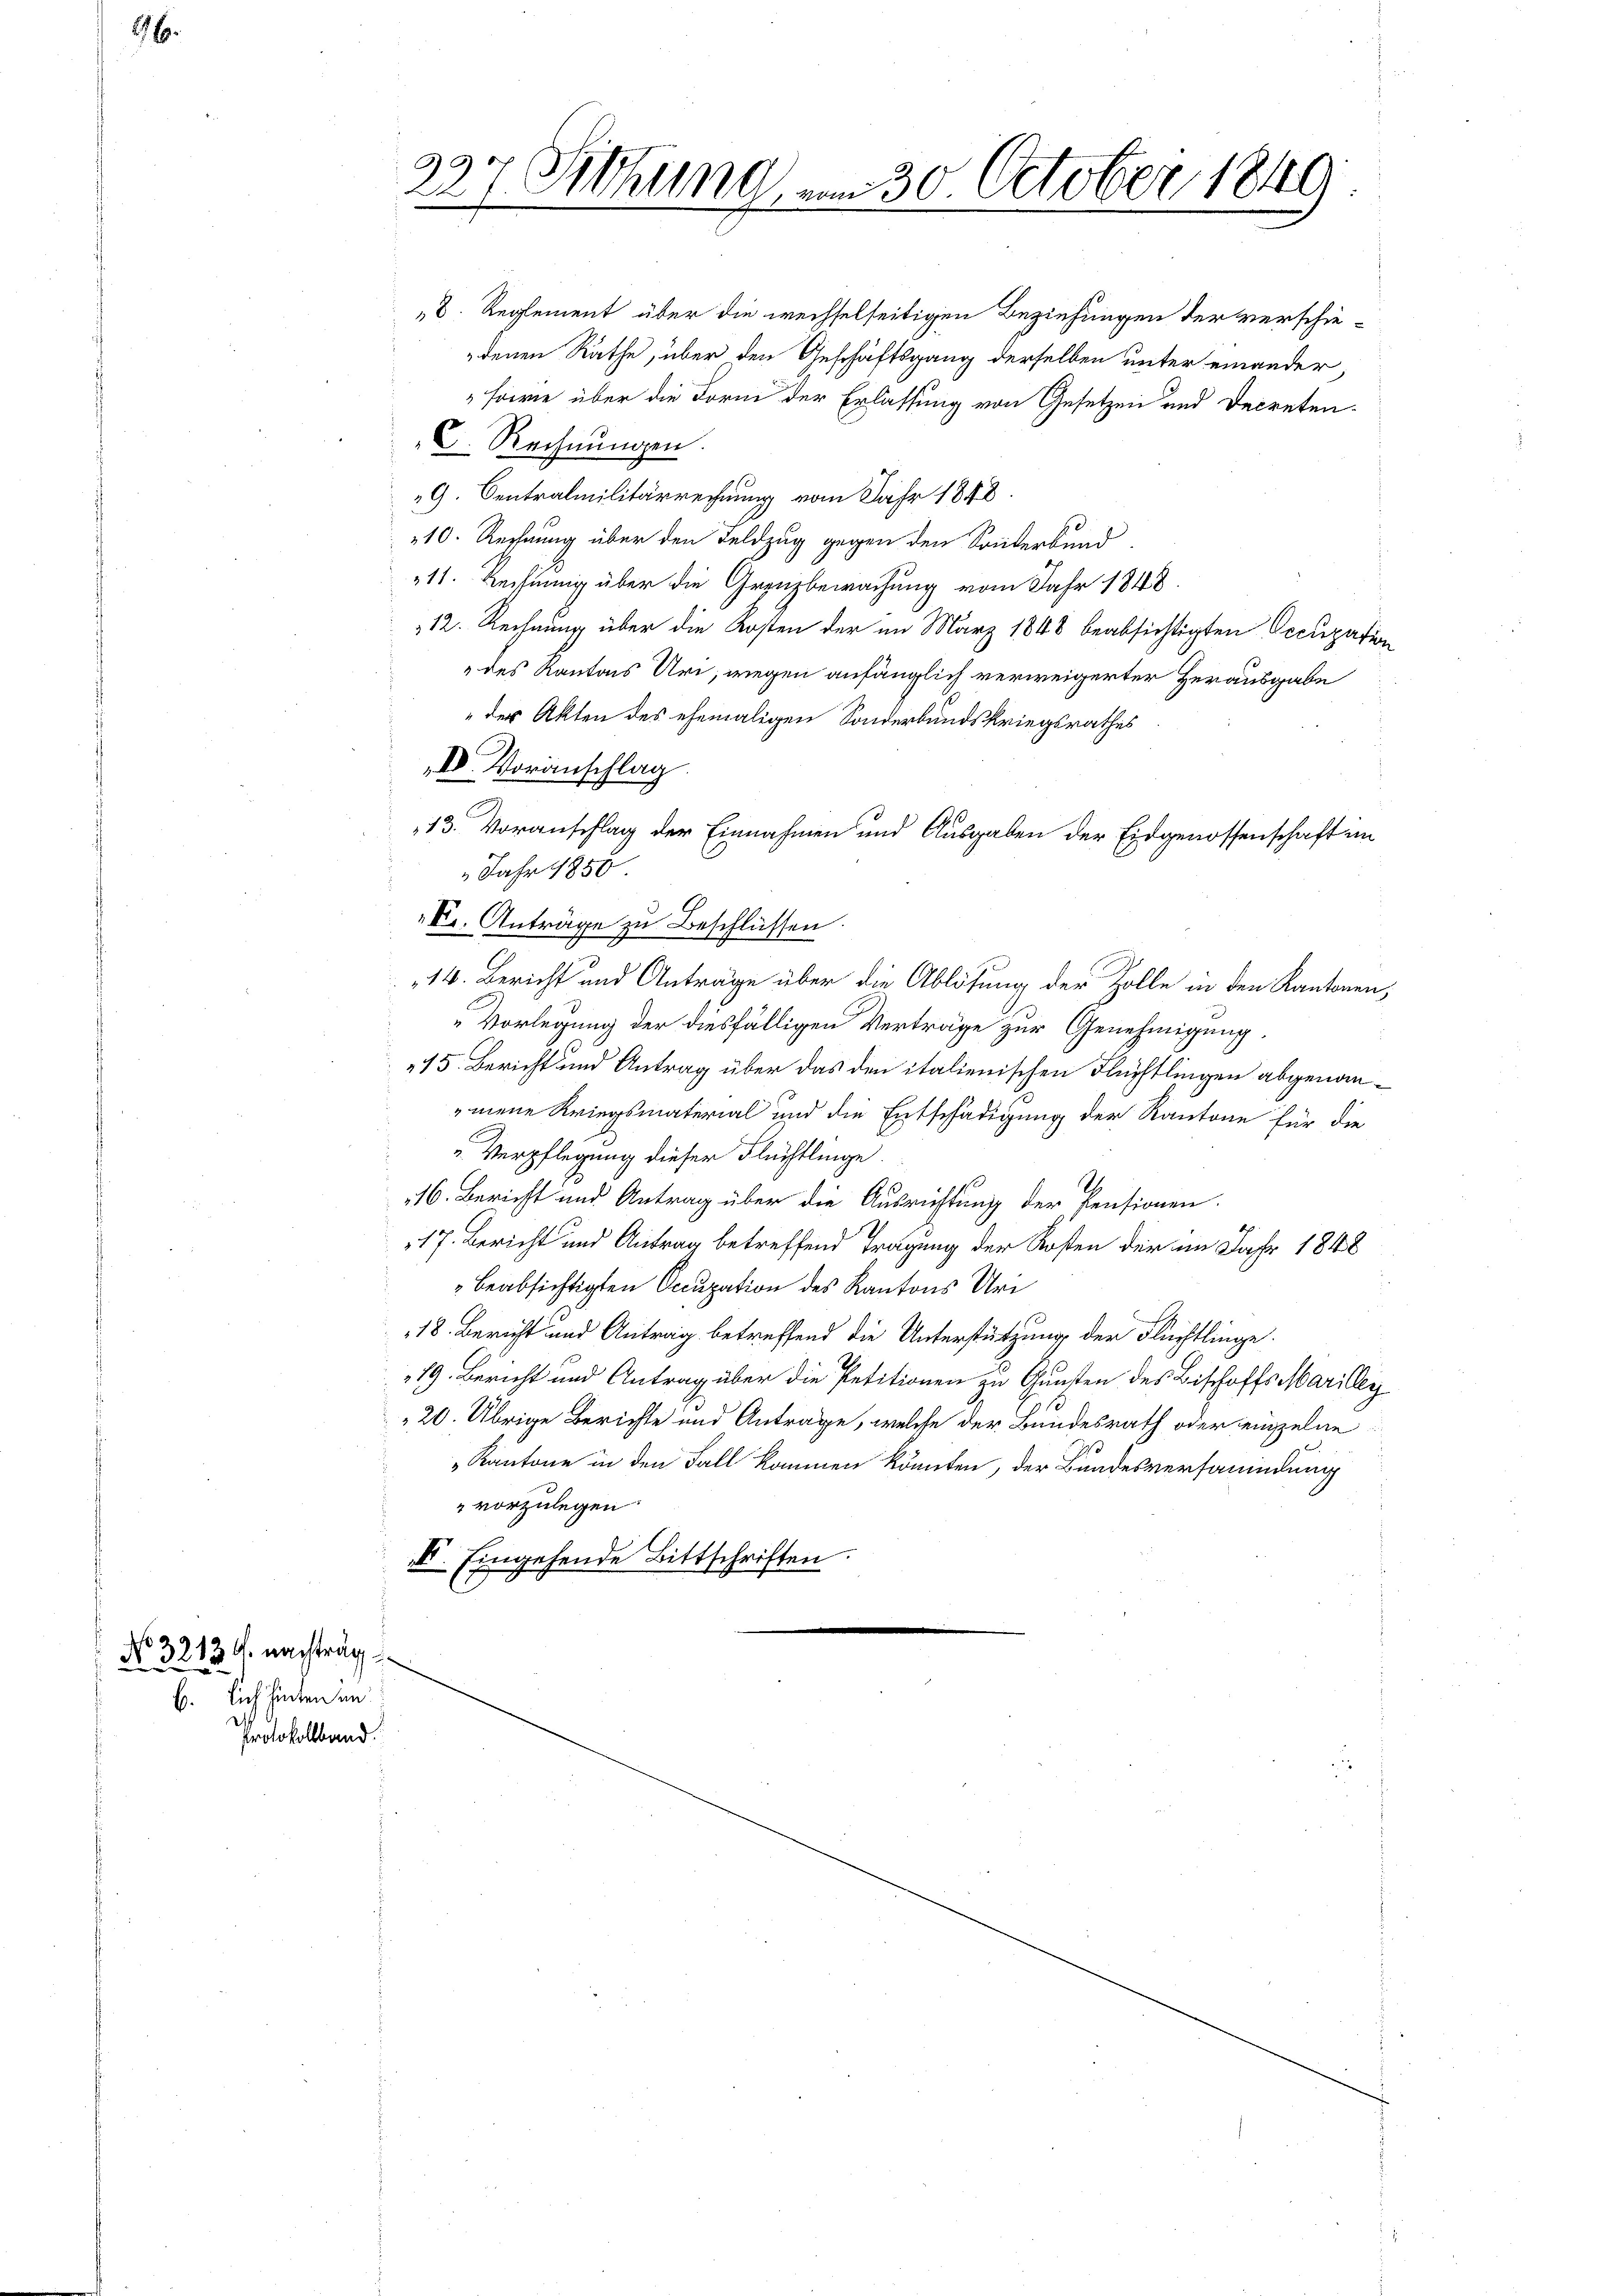
276.

No 3213 ff. nachtrag
b. sich hinten an
Protokolland.

C
27. Sitzung am 30. October 1849

8. Reglement über die wechselseitigen Beziehungen der verschiedenen Räthe, über den Geschäftsgang derselben unter einander,
sowie über die Form der Erlassung von Gesetzen und Decreten¬
C. Rechnungen.
G. Centralmilitärrechnung vom Jahr 1848
10. Rechnung über den Feldzug gegen den Sonderbund
11. Beisinnig über die Grenzbewachung vom Jahr 1848.
12. Rechnung über die Kosten der im März 1848 beabsichtigten Occupation
des Kantons Uri, wegen anfänglich verweigerter Herausgabe
der Akten des ehemaligen Sonderbundskriegsrathes
D. Voranschlag
C
13. Voranschlag der Einnahmen und Ausgaben der Eidgenossenschaft im
Jahr 1850
Dr. Anträge zu Beschlüssen.
14. Bericht und Anträge über die Ablösung der Zolle in den Kantonen,
„Vorlegung der diesfälligen Verträge zur Genehmigung.
45. Bericht und Antrag über das den italienischen Flüchtlingen abgenommene Kriegsmaterial und die Entschädigung der Kantone für die
u Verpflegung dieser Flüchtlinge.
16. Bericht und Antrag über die Ausrichtung der Pensionen.
17. Bericht und Antrag betreffend Tragung der Kosten der im Jahr 1848
beabsichtigten Occupation des Kantons Uri
18. Bericht und Antrag betreffend die Unterstützung der Flüchtlinge.
79. Bericht und Antrag über die Petitionen zu Gunsten des Bischoffs Marilly
20. Übrige Berichte und Antrage, welche der Bundesrath oder einzelne
Kantone in den Fall kommen könnten, der Bundesversammlung
" vorzulegen.
II. Eingehende Bittschriften.